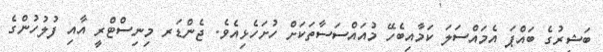
ބަޝީރުގެ ބައްޕަ އެމައްސަލަ ކަމާއިބެހޭ މުއައްސަސާތަކަށް ހުށަހެޅިއެވެ. ޖެންޑަރ މިނިސްޓްރީ އާއި ފުލުހުންގެ